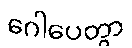
ဂေါပေတွာ